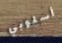
أسلوبي